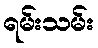
ရမ်းသမ်း